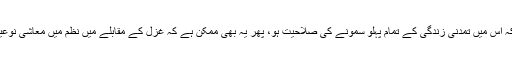
شعر زندگی کی آئینہ داری اسی وقت کر سکتا ہے جب کہ اس میں تمدنی زندگی کے تمام پہلو سمونے کی صلاحیت ہو، پھر یہ بھی ممکن ہے کہ غزل کے مقابلے میں نظم میں معاشی نوعیت کے مضمون زیادہ روانی اور خوبی سے ادا ہو سکیں۔